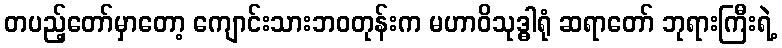
တပည့်တော်မှာတော့ ကျောင်းသားဘဝတုန်းက မဟာဝိသုဒ္ဓါရုံ ဆရာတော် ဘုရားကြီးရဲ့